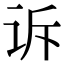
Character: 诉